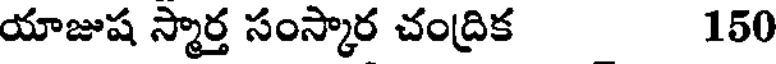
యాజుష స్మార్త సంస్కార చంద్రిక 150